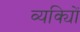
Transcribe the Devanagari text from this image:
व्यक्याेिं